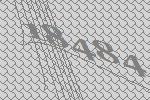
18484